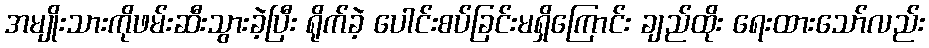
အမျိုးသားကိုဖမ်းဆီးသွားခဲ့ပြီး ရိုက်ခဲ့ ပေါင်းစပ်ခြင်းမရှိကြောင်း ချည်ထိုး ရေးထားသော်လည်း